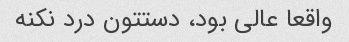
واقعا عالی بود، دستتون درد نکنه